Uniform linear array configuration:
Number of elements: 48
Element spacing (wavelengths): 1
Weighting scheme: cosine
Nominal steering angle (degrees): -15
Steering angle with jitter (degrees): -13.214
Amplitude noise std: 0.05
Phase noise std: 0.05

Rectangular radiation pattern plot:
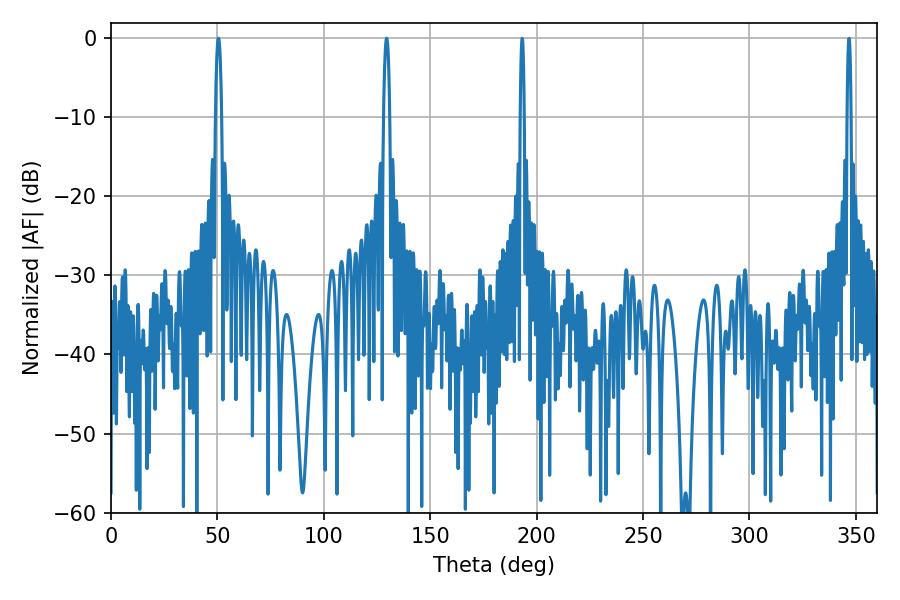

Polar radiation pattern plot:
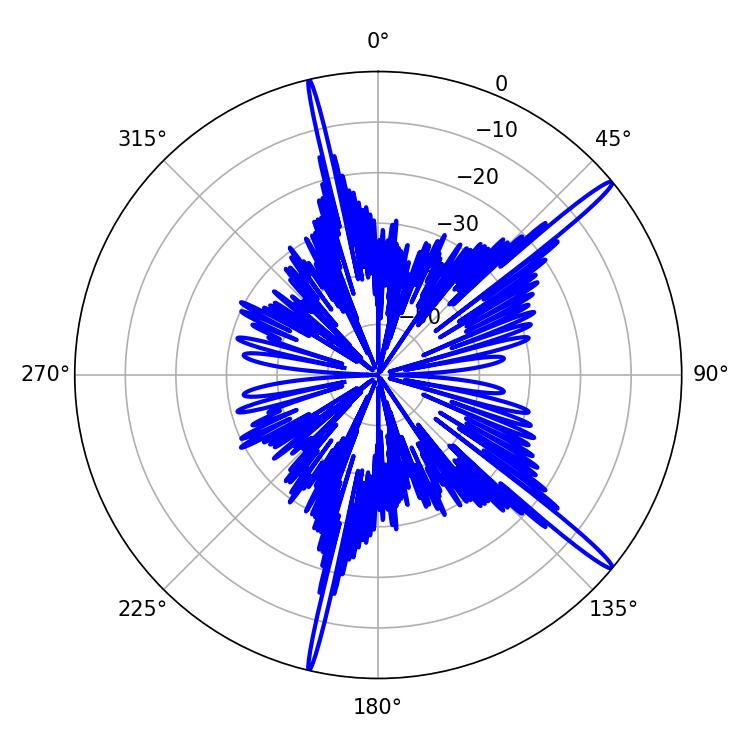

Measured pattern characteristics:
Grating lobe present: TRUE
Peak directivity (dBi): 16.86
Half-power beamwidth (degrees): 1.62
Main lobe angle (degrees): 50.4